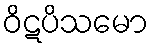
ဝိဋပိသမော